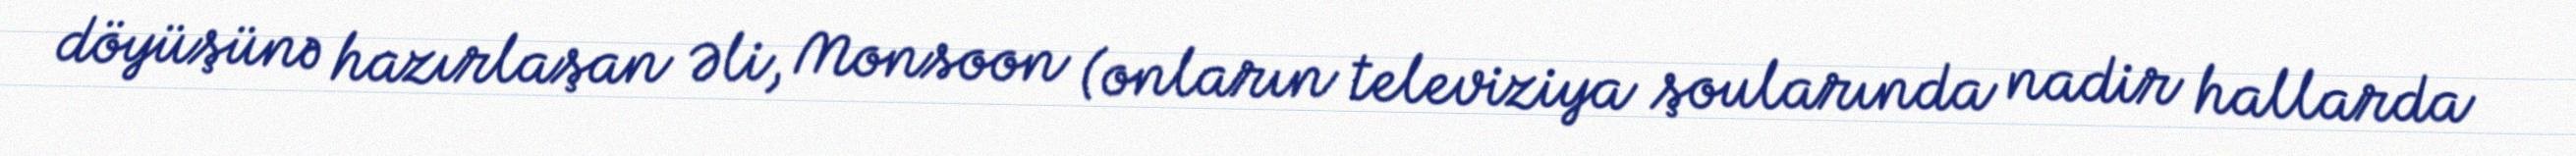
döyüşünə hazırlaşan Əli, Monsoon (onların televiziya şoularında nadir hallarda